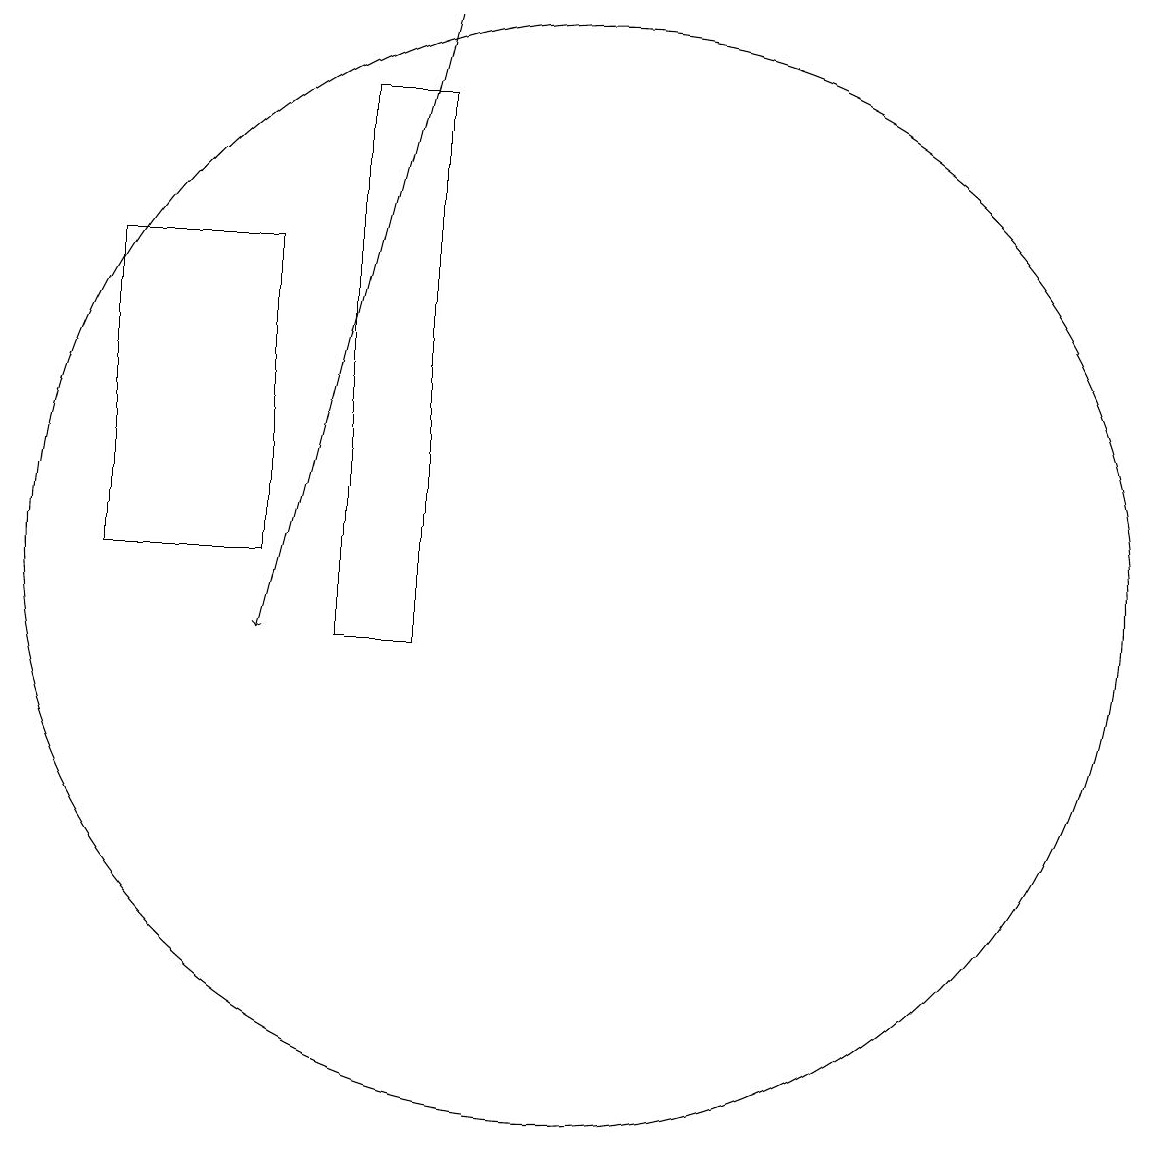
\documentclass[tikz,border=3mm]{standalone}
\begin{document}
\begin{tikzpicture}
\draw (5,11) rectangle (7,15);
\draw[->] (9,18) -- (7,10);
\draw (11,11) circle (7);
\draw (8,10) rectangle (9,17);
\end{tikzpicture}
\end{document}